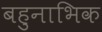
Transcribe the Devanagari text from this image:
बहुनाभिक